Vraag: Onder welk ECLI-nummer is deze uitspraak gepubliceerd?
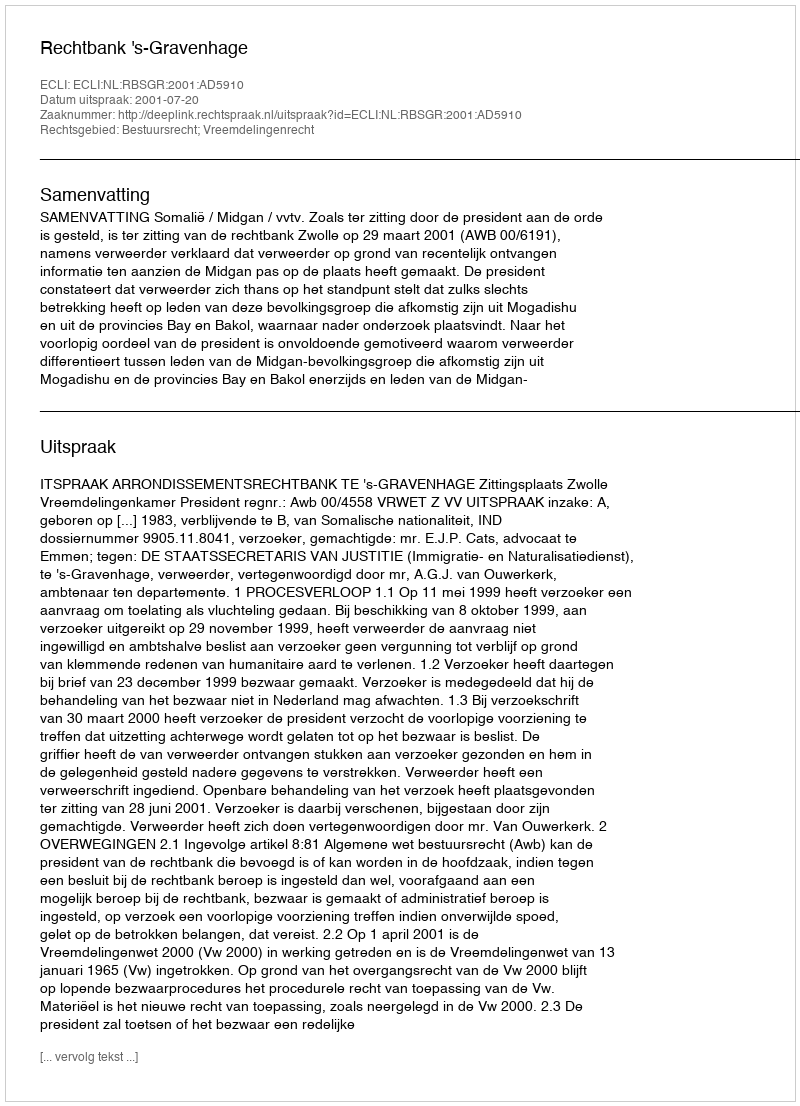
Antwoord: ECLI:NL:RBSGR:2001:AD5910